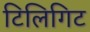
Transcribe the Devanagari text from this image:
टिलिगिट